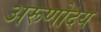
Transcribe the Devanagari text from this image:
अरूणोदय